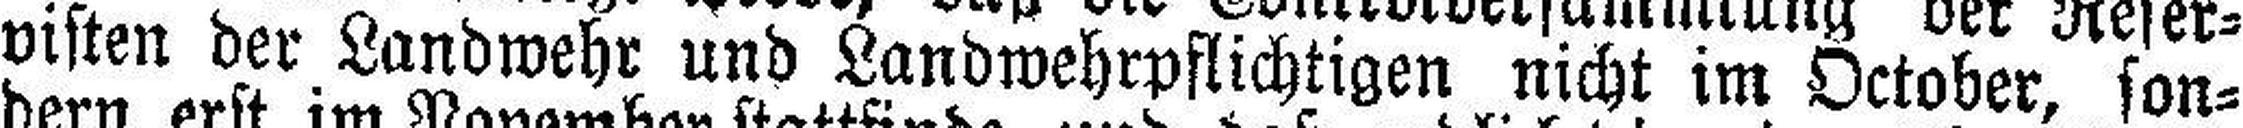
visten der Landwehr und Landwehrpflichtigen nicht im October, son¬